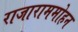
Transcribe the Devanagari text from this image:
राजाराममोहन